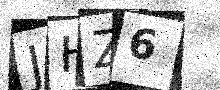
Text: JHZ6